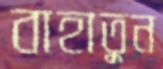
বাহাতুন